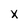
Character: X